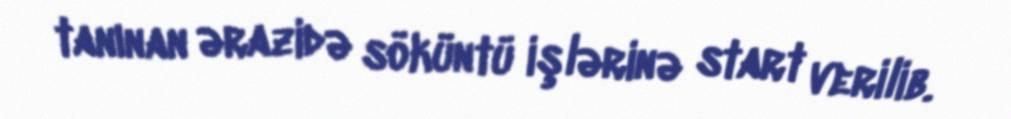
tanınan ərazidə söküntü işlərinə start verilib.